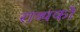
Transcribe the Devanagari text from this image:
राव्यको